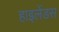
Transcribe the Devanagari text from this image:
हाइलेंडस